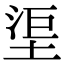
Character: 𣵹